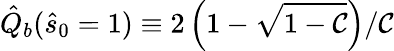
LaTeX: \hat{Q}_{b}(\hat{s}_{0}=1)\equiv 2\left(1-\sqrt{1-\mathcal{C}}\right)/\mathcal{C}